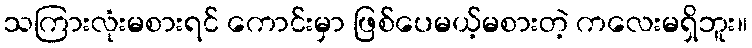
သကြားလုံးမစားရင် ကောင်းမှာ ဖြစ်ပေမယ့်မစားတဲ့ ကလေးမရှိဘူး။